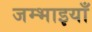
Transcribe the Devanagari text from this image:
जम्भाइयाँ